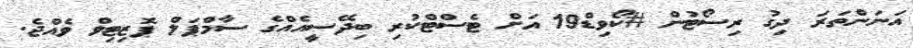
އަނަންތަރަ ދިގު ރިސޯޓުން #ކޯވިޑް19 އަށް ޓެސްޓްކުރި ބިދޭސީއެއްގެ ސާމްޕަލް ޕޮޒިޓިވް ވެއްޖެ.